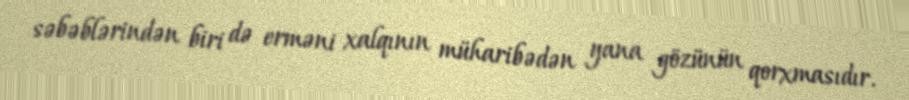
səbəblərindən biri də erməni xalqının müharibədən yana gözünün qorxmasıdır.